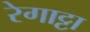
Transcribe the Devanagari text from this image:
रेगाट्टा